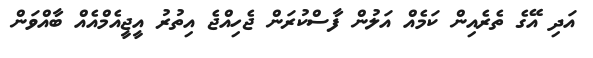
އަދި އޭގެ ތެރެއިން ކަމެއް އަލުން ފާސްކުރަން ޖެހިއްޖެ އިތުރު އީޖީއެމްއެއް ބާއްވަން